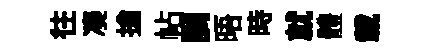
往凑搶帖調晤時就體載